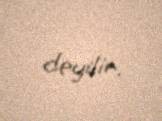
deyilir.